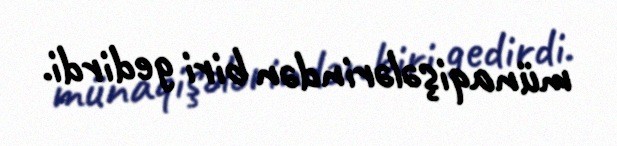
münaqişələrindən biri gedirdi.